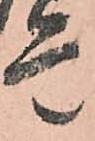
是